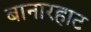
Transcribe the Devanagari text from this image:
बानारहाट